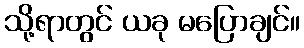
သို့ရာတွင် ယခု မပြောချင်။